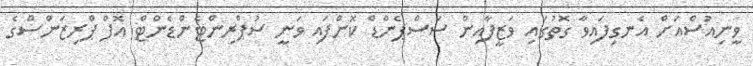
ވީނިއުސްއަށް އެނގިފައިވާ ގޮތުގައި ވަޒީފާއިން ސަސްޕެންޑް ކޮށްފައި ވަނީ ސުޕްރިންޓެންޑެންޓް އޮފް ޕްރިޒަންސްގެ